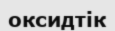
оксидтік